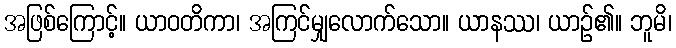
အဖြစ်ကြောင့်။ ယာဝတိကာ၊ အကြင်မျှလောက်သော။ ယာနဿ၊ ယာဉ်၏။ ဘူမိ၊